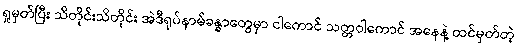
ရှုမှတ်ပြီး သိတိုင်းသိတိုင်း အဲဒီရုပ်နာမ်ခန္ဓာတွေမှာ ငါကောင် သတ္တဝါကောင် အနေနဲ့ ထင်မှတ်တဲ့